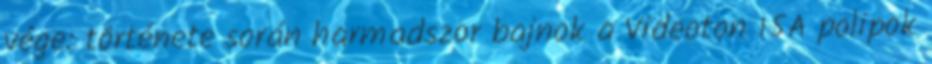
vége: története során harmadszor bajnok a Videoton 15A polipok